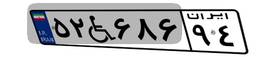
۶۳W۶۱۶۱۹